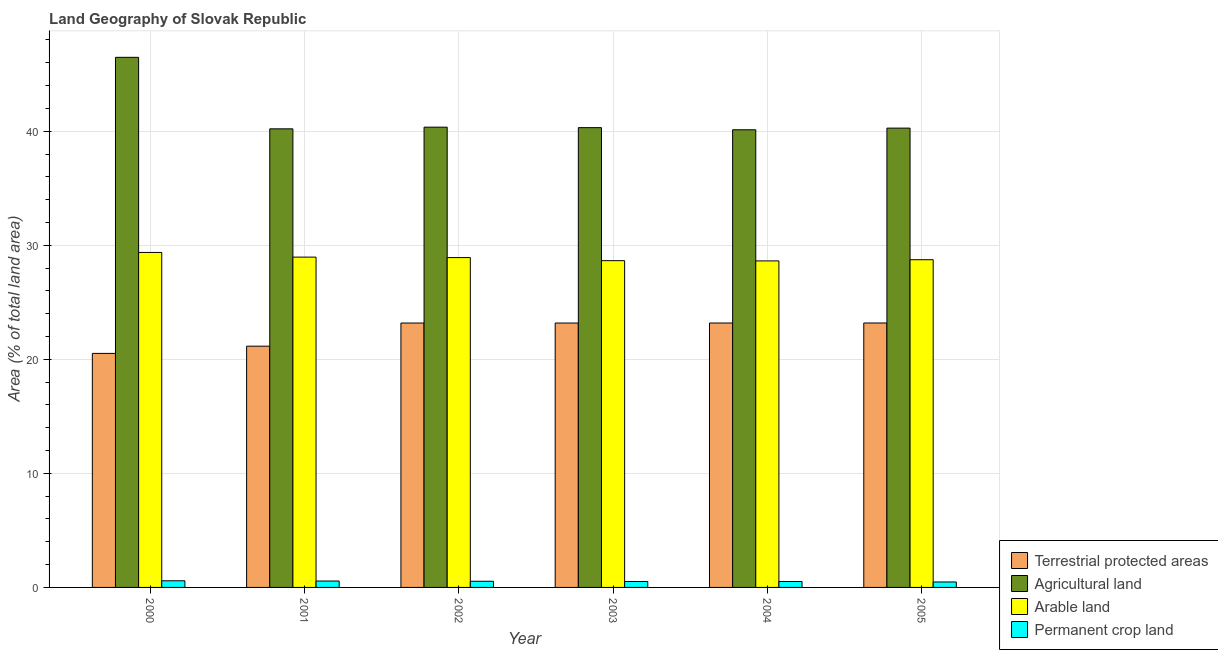
| Year | Terrestrial protected areas | Agricultural land | Arable land | Permanent crop land |
 | --- | --- | --- | --- | --- |
 | 2000 | 20.5 | 46.5 | 29.4 | 0.582 |
 | 2001 | 21.2 | 40.2 | 29 | 0.561 |
 | 2002 | 23.2 | 40.4 | 28.9 | 0.541 |
 | 2003 | 23.2 | 40.3 | 28.6 | 0.52 |
 | 2004 | 23.2 | 40.1 | 28.6 | 0.52 |
 | 2005 | 23.2 | 40.3 | 28.7 | 0.478 |